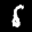
Label: 5